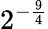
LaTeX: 2^{-{\frac{9}{4}}}